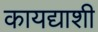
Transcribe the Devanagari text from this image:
कायद्याशी